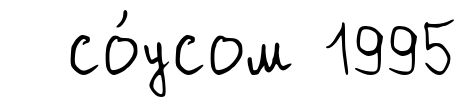
со́усом 1995